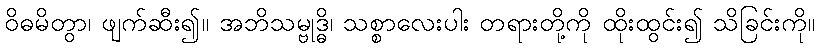
ဝိဓမိတွာ၊ ဖျက်ဆီး၍။ အဘိသမ္ဗုဒ္ဓိ၊ သစ္စာလေးပါး တရားတို့ကို ထိုးထွင်း၍ သိခြင်းကို။